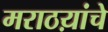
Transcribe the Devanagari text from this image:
मराठय़ांचे